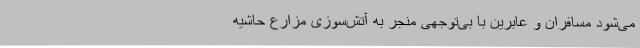
می‌شود مسافران و عابرین با بی‌توجهی منجر به آتش‌سوزی مزارع حاشیه